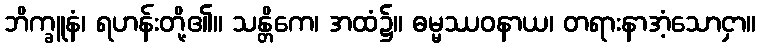
ဘိက္ခူနံ၊ ရဟန်းတို့၏။ သန္တိကေ၊ အထံ၌။ ဓမ္မဿဝနာယ၊ တရားနာအံ့သောငှာ။